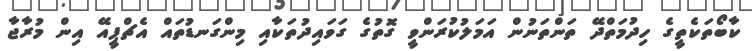
ކާބޯތަކެތީގެ ހިދުމަތްދޭ ތަންތަނުން އަމަލުކުރަންވީ ގޮތުގެ ގަވައިދުތަކާއި މިންގަނޑުތައް އެޗްޕީއޭ އިން މުރާޖާ